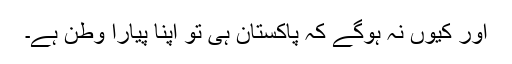
اور کیوں نہ ہوگے کہ پاکستان ہی تو اپنا پیارا وطن ہے۔